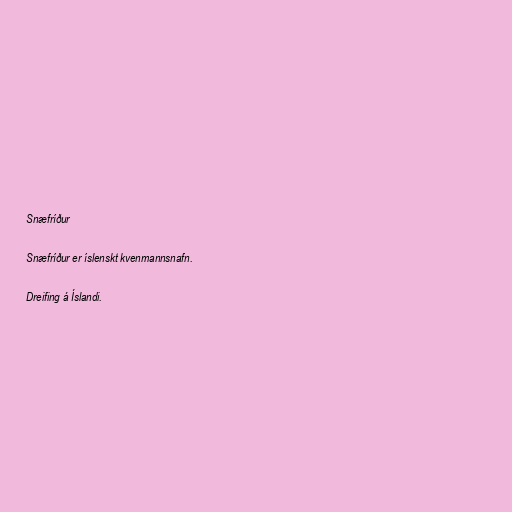
Snæfríður

Snæfríður er íslenskt kvenmannsnafn.

Dreifing á Íslandi.